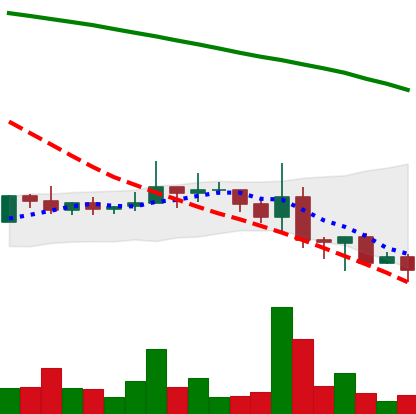
Ticker: NEO-USD
Chart end date: 2022-06-18
Forward return: 9.3%
Label: up_7plus